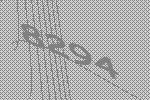
8294